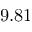
9 . 8 1